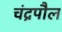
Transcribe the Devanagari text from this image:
चंद्रपौल